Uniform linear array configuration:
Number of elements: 4
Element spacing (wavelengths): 1
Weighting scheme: cosine
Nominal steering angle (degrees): -60
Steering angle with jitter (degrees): -58.823
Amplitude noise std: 0.05
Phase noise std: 0.05

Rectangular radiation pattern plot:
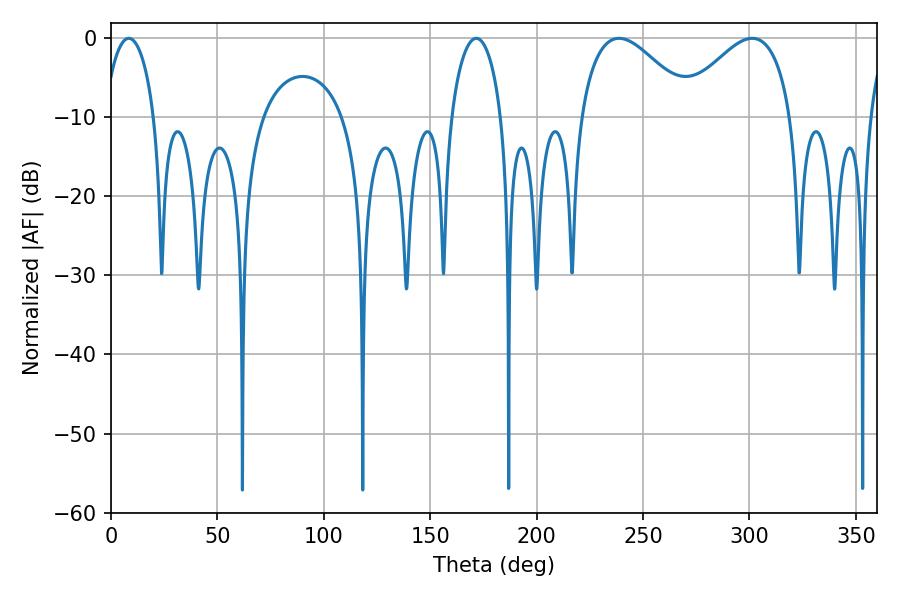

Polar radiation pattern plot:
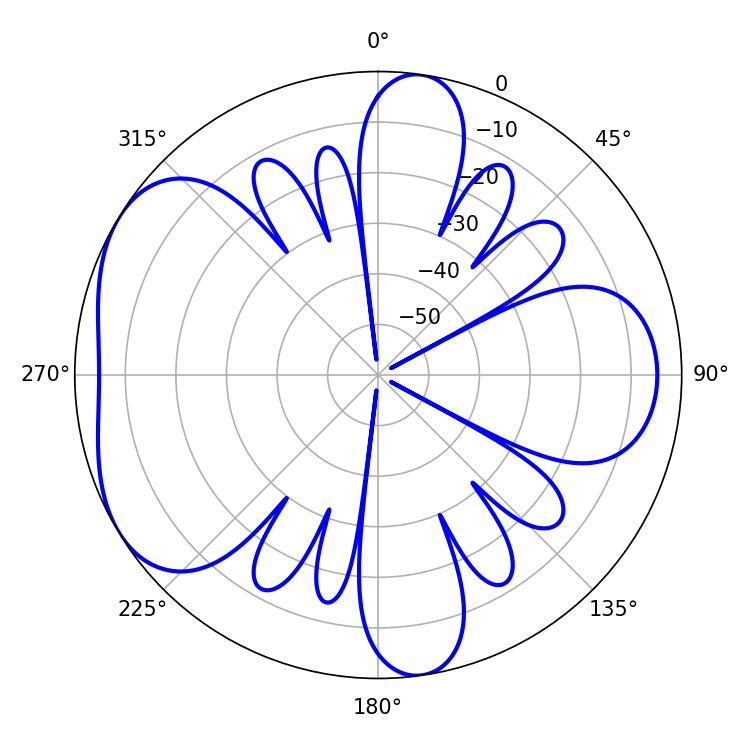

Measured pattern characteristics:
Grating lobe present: TRUE
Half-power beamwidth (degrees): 28.62
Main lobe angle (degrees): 238.68